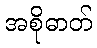
အစိုဓာတ်